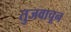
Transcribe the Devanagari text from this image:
तुजवाचून